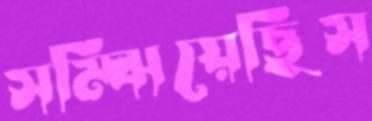
সম্‌ঝিয়েছিস